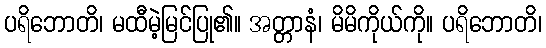
ပရိဘောတိ၊ မထီမဲ့မြင်ပြု၏။ အတ္တာနံ၊ မိမိကိုယ်ကို။ ပရိဘောတိ၊